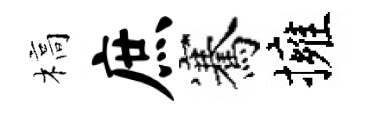
槁庶騫擁